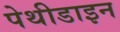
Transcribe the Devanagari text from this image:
पेथीडाइन